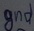
Text: gnd